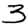
Digit: 3